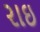
રાઇ